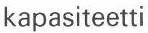
kapasiteetti